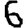
Digit: 6